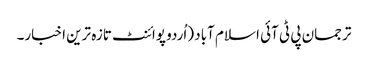
ترجمان پی ٹی آئی اسلام آباد (اُردو پوائنٹ تازہ ترین اخبار۔